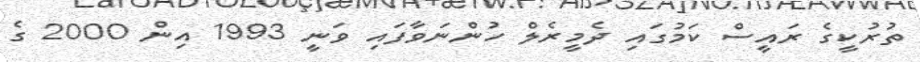
ތުރުކީގެ ރައީސް ކަމުގައި ދެމީރެލް ހުންނަވާފައި ވަނީ 1993 އިން 2000 ގެ